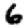
Digit: 6